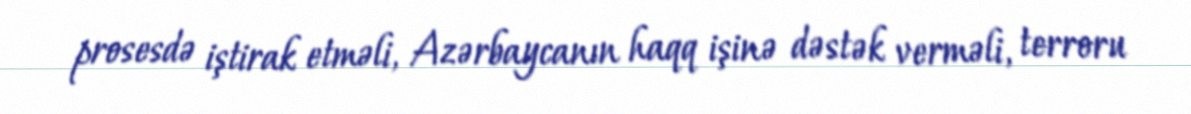
prosesdə iştirak etməli, Azərbaycanın haqq işinə dəstək verməli, terroru